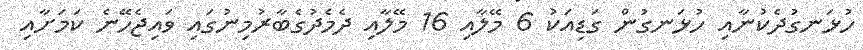
ހުޅަނގުދެކުނާއި ހުޅަނގުން ގަޑިއަކު 6 މޭލާއި 16 މޭލާއި ދެމެދުގެބާރުމިނުގައި ވައިޖެހޭނެ ކަމަށާއި